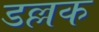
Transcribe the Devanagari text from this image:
डल्लक